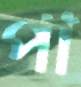
পা